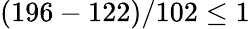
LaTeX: (196-122)/102\leq 1